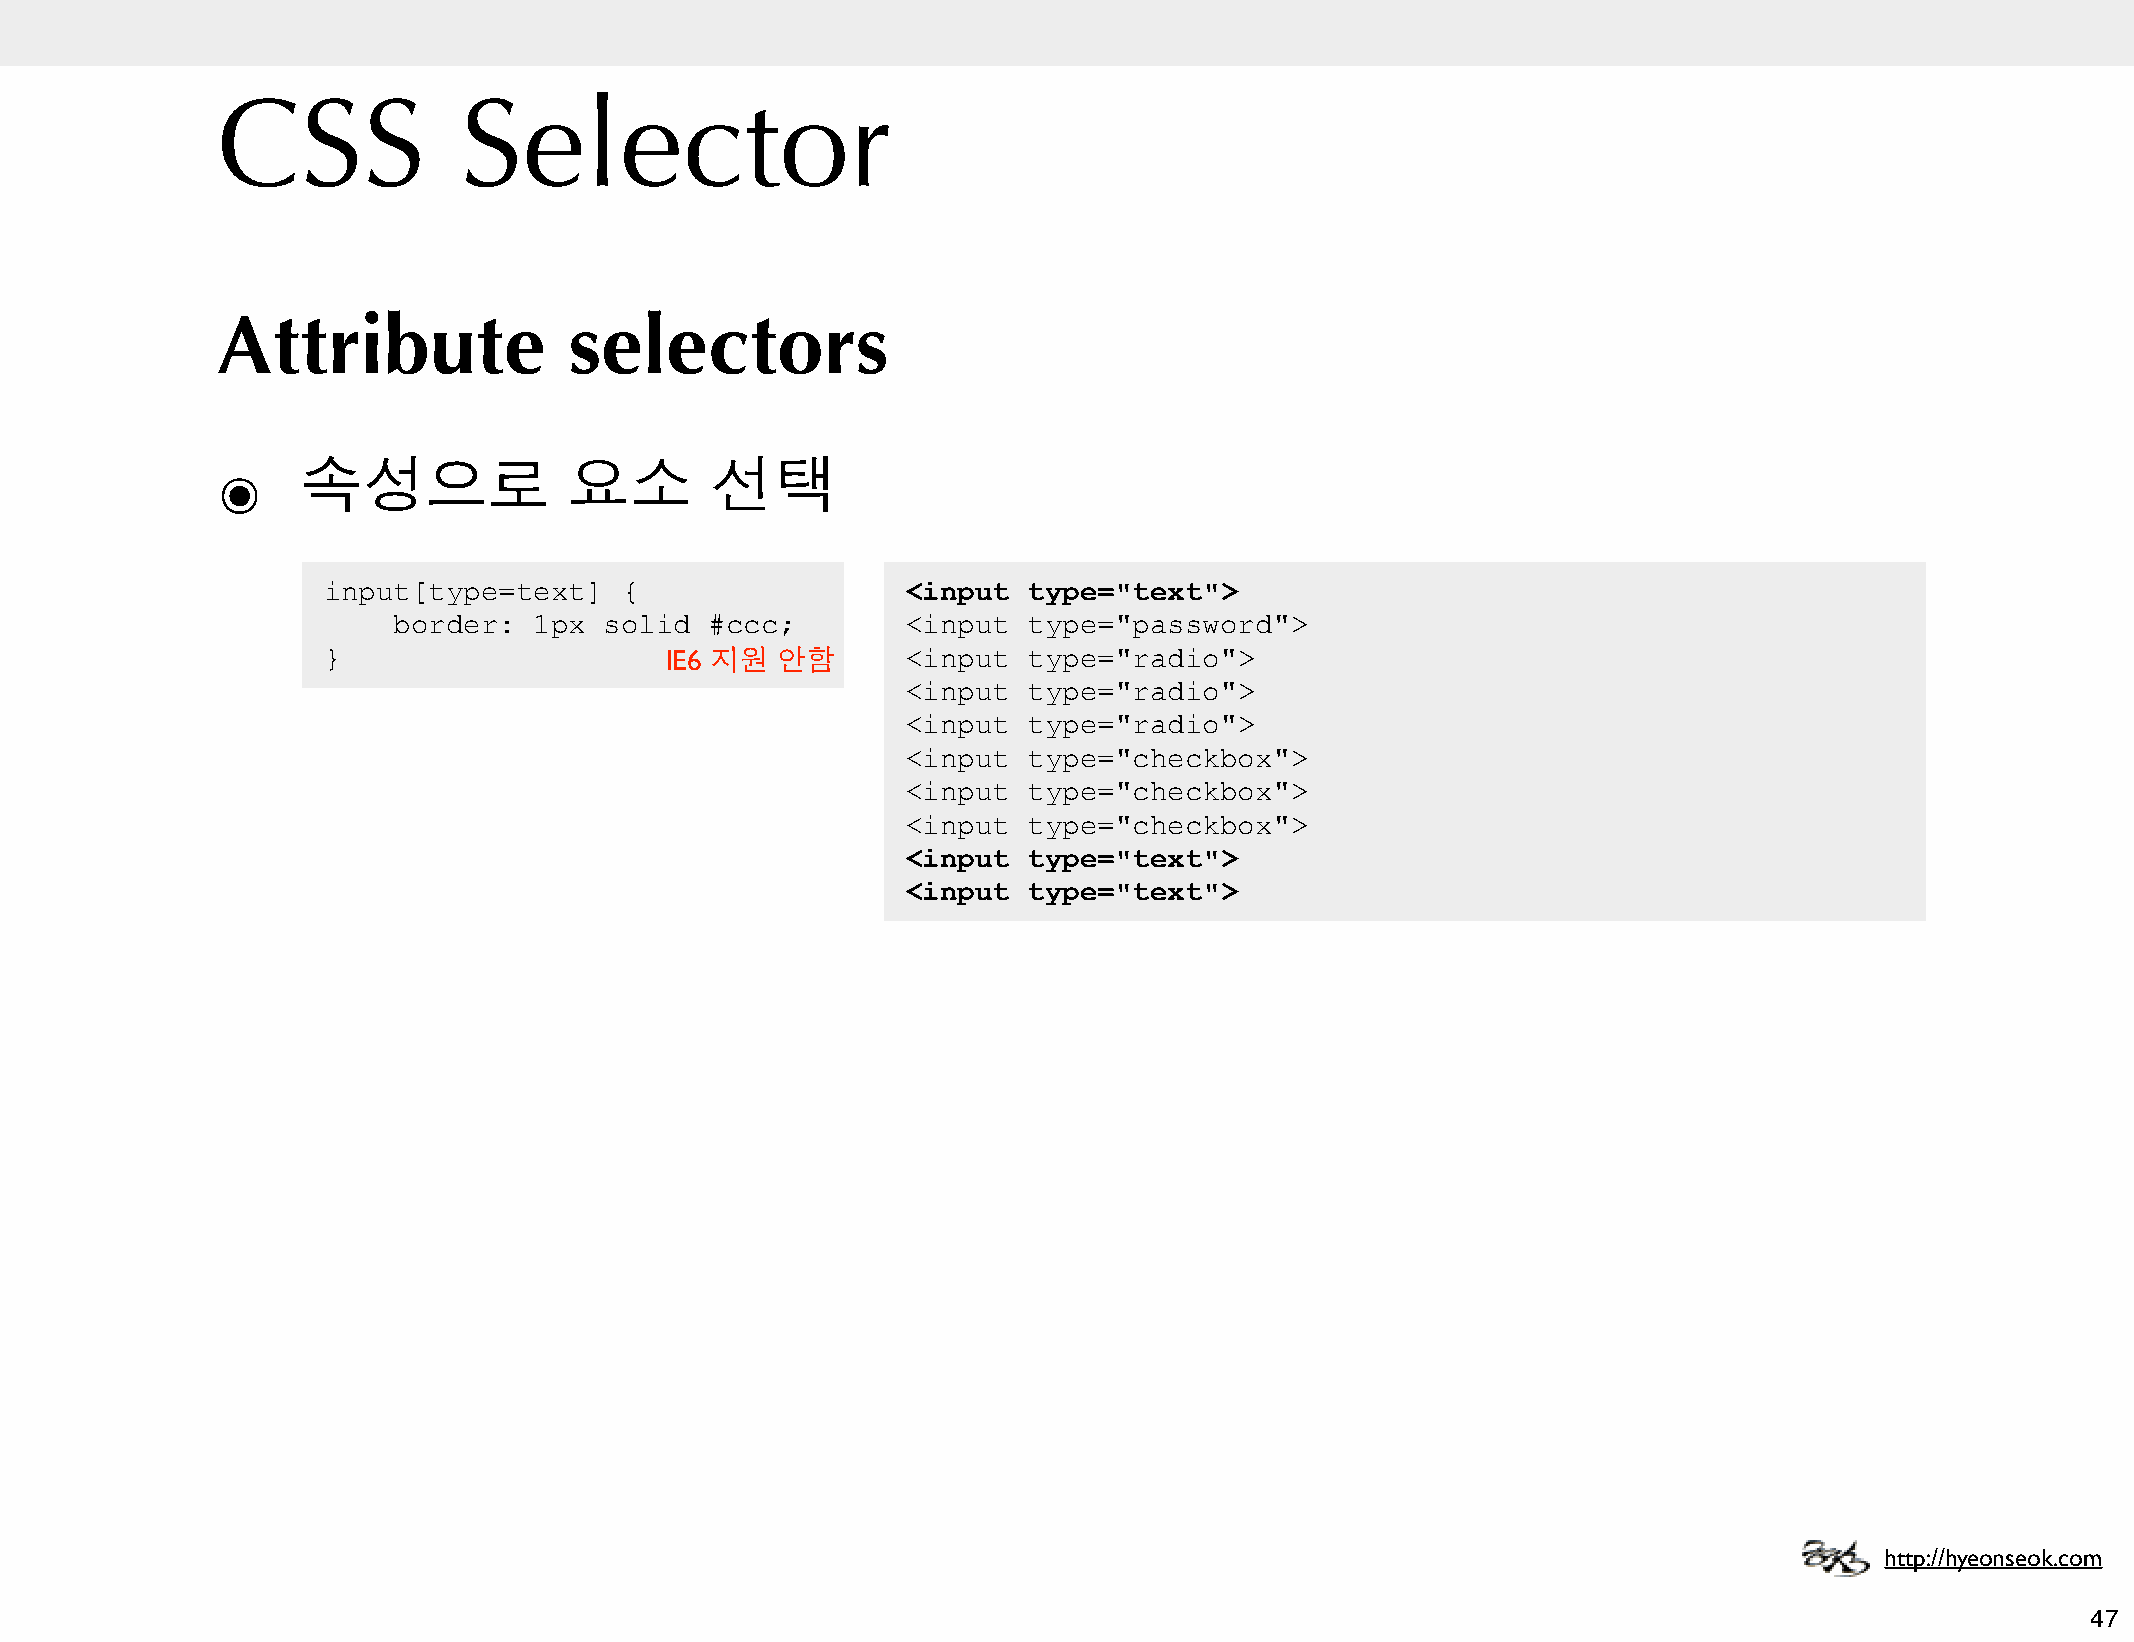
CSS             Selector
 Attribute               selectors
 ๏     속성으로              요소       선택
 input[type=text]    {                  <input  type="text">
 border:  1px  solid  #ccc;        <input  type="password">
 }                      IE6 지원 안함       <input  type="radio">
 <input  type="radio">
 <input  type="radio">
 <input  type="checkbox">
 <input  type="checkbox">
 <input  type="checkbox">
 <input  type="text">
 <input  type="text">
 http://hyeonseok.com
 47